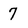
Character: 7